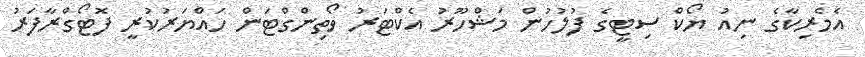
އެމެރިކާގެ ނިއު ޔޯކް ސިޓީގެ ފުލުހުން މަޝްހޫރު އެކްޓަރު ވޯތިންގްޓަން ހައްޔަރުކުރީ ފޮޓޯގްރާފަރު